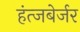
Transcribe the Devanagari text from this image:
हंत्जबेर्जर